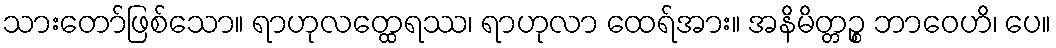
သားတော်ဖြစ်သော။ ရာဟုလတ္ထေရဿ၊ ရာဟုလာ ထေရ်အား။ အနိမိတ္တဉ္စ ဘာဝေဟိ၊ ပေ။